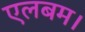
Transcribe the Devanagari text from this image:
एलबम।